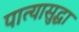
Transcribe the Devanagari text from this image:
पात्यासुद्धा